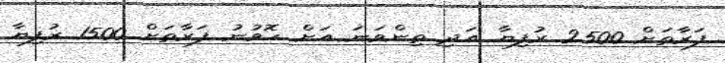
ފަރާތަށް 2500 ރުފިޔާ އަދި ތިންވަަނަ އަށް ހޮވުނު ފަރާތަށް 1500 ރުފިޔާ